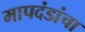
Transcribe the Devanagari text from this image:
मापदंडांचा